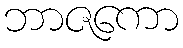
ဘာဇကော